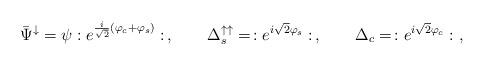
LaTeX: \begin{align*}\bar{\Psi}^\downarrow = \psi :e^{\frac{i}{\sqrt{2}}(\varphi_c+\varphi_s)}: \,, \qquad \Delta^{\uparrow\uparrow}_s = \, :e^{i \sqrt{2}\varphi_s}: \,, \qquad \Delta_c = \, :e^{i \sqrt{2}\varphi_c}: \ ,\end{align*}